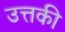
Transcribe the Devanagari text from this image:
उत्तकी